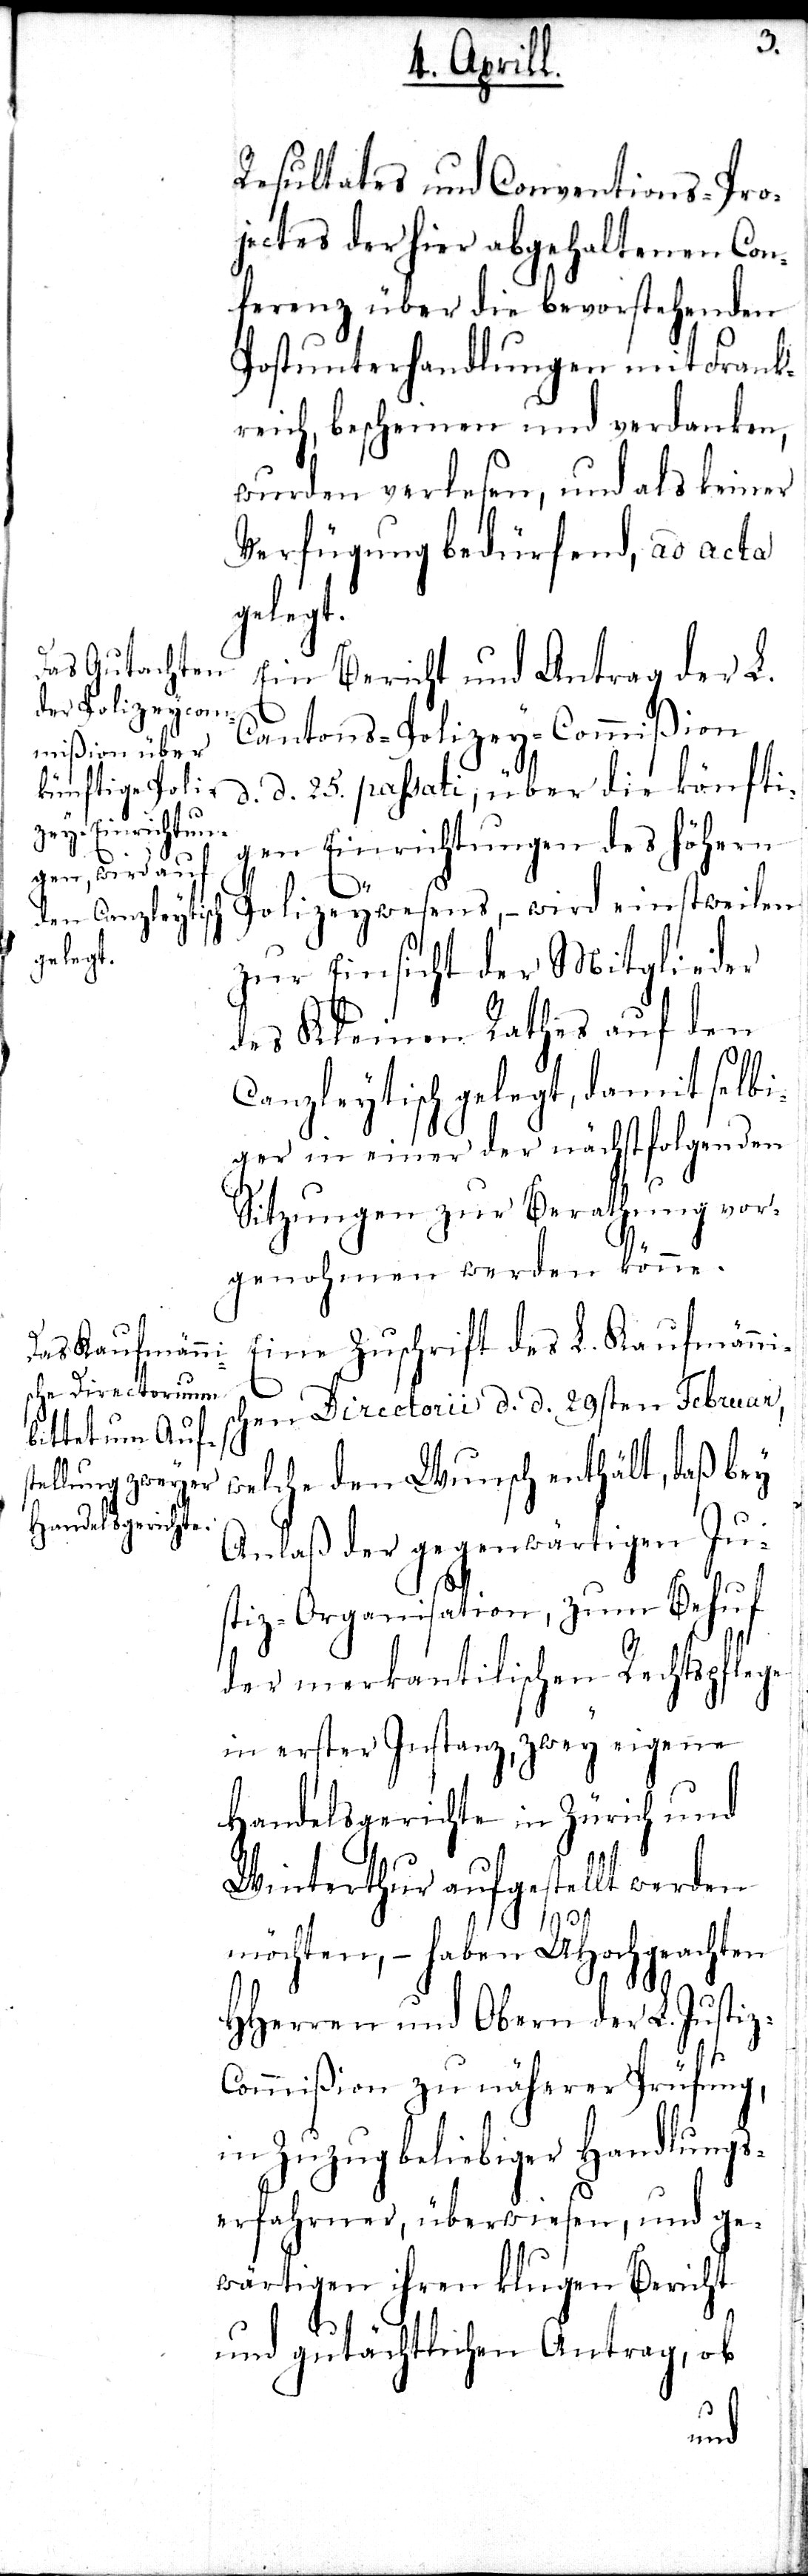
Resultates und Conventions-Pro¬
jectes der hier abgehaltenen Con¬
ferenz über die bevorstehenden
Postunterhandlungen mit Frank¬
reich, bescheinen und verdanken,
wurden verlesen, und als keiner
Verfügung bedürfend, ad acta
gelegt.
Ein Bericht und Antrag der L.
Cantons-Polizey-Commißion
d. d. 25. passati, über die künfti¬
gen Einrichtungen des höhern
Polizeywesens, – wird einstweilen
zur Einsicht der Mitglieder
des Kleinen Rathes auf den
Canzleytisch gelegt, damit selbi¬
ger in einer der nächstfolgenden
Sitzungen zur Berathung vor¬
genohmen werden könne.
Eine Zuschrift des L. Kaufmänn¬
chen Directorii d. d. 29sten Februar,
welche den Wunsch enthält, daß bey
Anlaß der gegenwärtigen Ju¬
stiz-Organisation, zum Behuf
z-C¬
der merkantilischen Rechtspfleg¬
e erster Instanz, zwey eigene
Handelsgerichte in Zürich und
Winterthur aufgestellt werden
möchten,– haben UHochgeachten
HHerren und Obern der L. Justi¬
ommißion zu näherer Prüfung,
in Zuzug beliebiger Handlungs¬
erfahrener, überwiesen, und ge¬
wärtigen ihren klugen Bericht
und gutächtlichen Antrag, ob
is¬